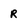
Character: r